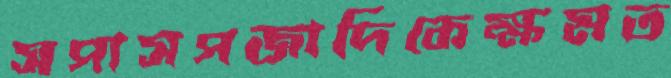
সপাসপজাদিকেক্ষমত